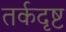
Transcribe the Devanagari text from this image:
तर्कदृष्ट